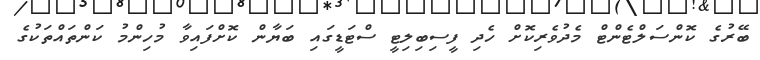
ބޭރުގެ ކޮންސަލްޓެންޓް މެދުވެރިކޮށް ހެދި ފީސިބިލިޓީ ސްޓަޑީގައި ބަޔާން ކޮށްފައިވާ މުހިންމު ކަންތައްތަކުގެ